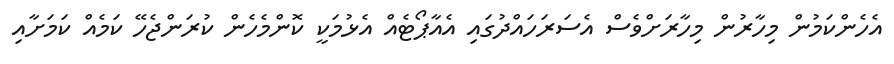
އެހެންކަމުން މިހާރުން މިހާރަށްވެސް އެސަރަހައްދުގައި އެއާޕޯޓެއް އެޅުމަކީ ކޮންމެހެން ކުރަންޖެހޭ ކަމެއް ކަމަށާއި